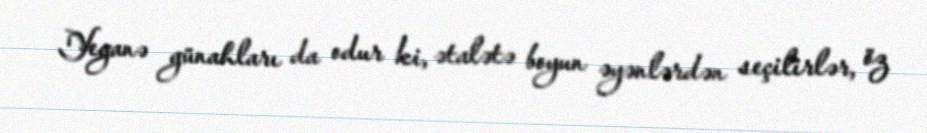
Yeganə günahları da odur ki, ətalətə boyun əyənlərdən seçilirlər, öz